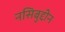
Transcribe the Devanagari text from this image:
नसिबुद्दीन